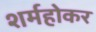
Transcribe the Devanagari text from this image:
शर्महोकर